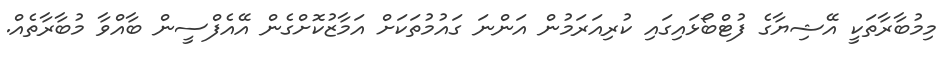
މިމުބާރާތަކީ އޭޝިޔާގެ ފުޓްބޯޅައިގައި ކުރިއަރަމުން އަންނަ ގައުމުތަކަށް އަމާޒުކޮށްގެން އޭއެފްސީން ބާއްވާ މުބާރާތެއް.